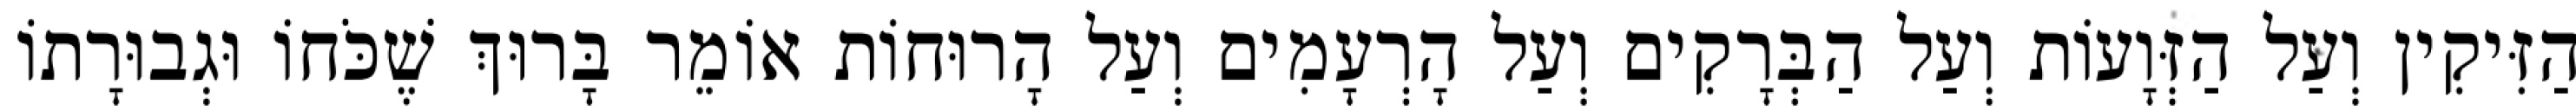
הַזִּיקִין וְעַל הַזְּוָעוֹת וְעַל הַבְּרָקִים וְעַל הָרְעָמִים וְעַל הָרוּחוֹת אוֹמֵר בָּרוּךְ שֶׁכֹּחוֹ וּגְבוּרָתוֹ